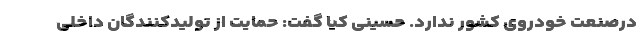
درصنعت خودروی کشور ندارد. حسینی کیا گفت: حمایت از تولیدکنندگان داخلی